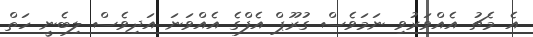
އެ މެޗު އެއްވަރުވި ނަމަވެސް ގުރޫޕް އެފްގެ އެއްވަނަ އަދިވެސް ލިބެނީ ހަތް